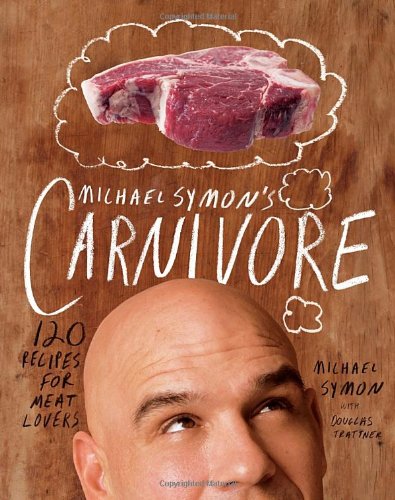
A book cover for Michael Symon's Carnivore: 120 Recipes for Meat Lovers; Michael Symon; Cookbooks, Food & Wine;